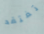
تفتقد